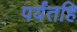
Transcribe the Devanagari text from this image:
पर्यंतहि